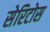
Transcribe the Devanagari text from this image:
सेरिटोस